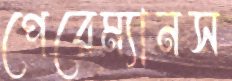
পেরেম্যানস